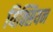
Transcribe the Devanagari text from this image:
यिक्सियन